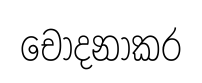
චෝදනාකර